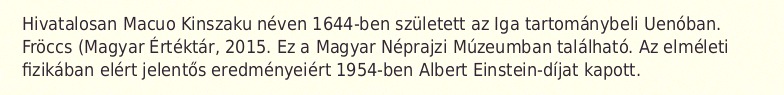
Hivatalosan Macuo Kinszaku néven 1644-ben született az Iga tartománybeli Uenóban. Fröccs (Magyar Értéktár, 2015. Ez a Magyar Néprajzi Múzeumban található. Az elméleti fizikában elért jelentős eredményeiért 1954-ben Albert Einstein-díjat kapott.